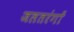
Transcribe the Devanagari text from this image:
जलतरंगों